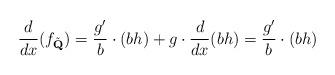
LaTeX: \begin{align*}\frac{d}{dx}(f_{\tilde{\textbf{Q}}})=\frac{g'}{b}\cdot (bh)+g\cdot\frac{d}{dx}(bh)=\frac{g'}{b}\cdot (bh)\end{align*}